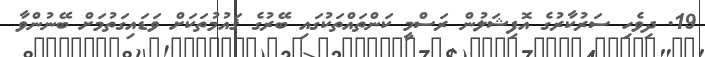
19. ދިވެހި ސަރުކާރުގެ އޮފިޝަލުން ރަސްމީ ކަންތައްތަކުގައި ބޭރުގެ ޤައުމުތަކަށް ވަޑައިގަތުމަށް ބޭނުންވާ